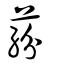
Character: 蒶